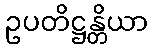
ဥပတိဋ္ဌန္တိယာ